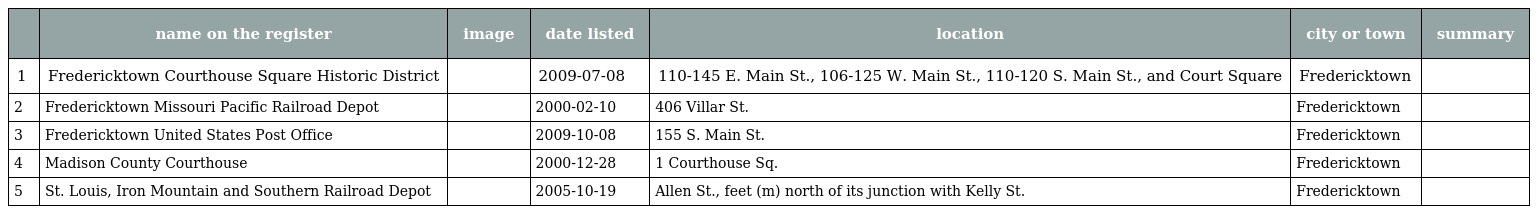
|  | name on the register | image | date listed | location | city or town | summary |
 | --- | --- | --- | --- | --- | --- | --- |
 | 1 | Fredericktown Courthouse Square Historic District |  | 2009-07-08 | 110-145 E. Main St., 106-125 W. Main St., 110-120 S. Main St., and Court Square | Fredericktown |  |
 | 2 | Fredericktown Missouri Pacific Railroad Depot |  | 2000-02-10 | 406 Villar St. | Fredericktown |  |
 | 3 | Fredericktown United States Post Office |  | 2009-10-08 | 155 S. Main St. | Fredericktown |  |
 | 4 | Madison County Courthouse |  | 2000-12-28 | 1 Courthouse Sq. | Fredericktown |  |
 | 5 | St. Louis, Iron Mountain and Southern Railroad Depot |  | 2005-10-19 | Allen St., feet (m) north of its junction with Kelly St. | Fredericktown |  |